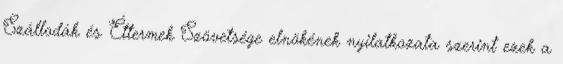
Szállodák és Éttermek Szövetsége elnökének nyilatkozata szerint ezek a